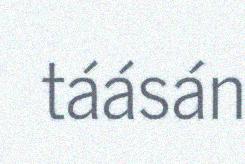
táásán